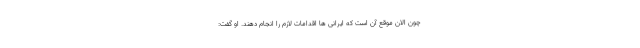
چون الان موقع آن است که ایرانی ها اقدامات لازم را انجام دهند. او گفت: